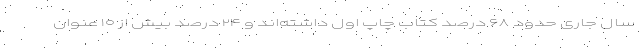
سال جاری حدود ۶۸ درصد کتاب چاپ اول داشته‌اند و ۲۴ درصد بیش از ۱۰ عنوان